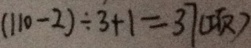
( 1 1 0 - 2 ) \div 3 + 1 = 3 7 ( 项 )